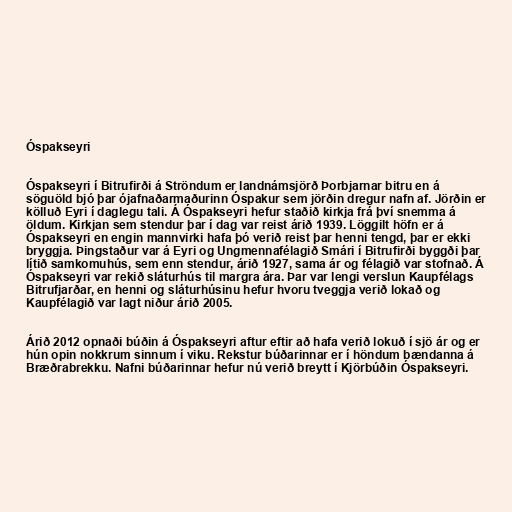
Óspakseyri

Óspakseyri í Bitrufirði á Ströndum er landnámsjörð Þorbjarnar bitru en á
söguöld bjó þar ójafnaðarmaðurinn Óspakur sem jörðin dregur nafn af. Jörðin er
kölluð Eyri í daglegu tali. Á Óspakseyri hefur staðið kirkja frá því snemma á
öldum. Kirkjan sem stendur þar í dag var reist árið 1939. Löggilt höfn er á
Óspakseyri en engin mannvirki hafa þó verið reist þar henni tengd, þar er ekki
bryggja. Þingstaður var á Eyri og Ungmennafélagið Smári í Bitrufirði byggði þar
lítið samkomuhús, sem enn stendur, árið 1927, sama ár og félagið var stofnað. Á
Óspakseyri var rekið sláturhús til margra ára. Þar var lengi verslun Kaupfélags
Bitrufjarðar, en henni og sláturhúsinu hefur hvoru tveggja verið lokað og
Kaupfélagið var lagt niður árið 2005.

Árið 2012 opnaði búðin á Óspakseyri aftur eftir að hafa verið lokuð í sjö ár og er
hún opin nokkrum sinnum í viku. Rekstur búðarinnar er í höndum bændanna á
Bræðrabrekku. Nafni búðarinnar hefur nú verið breytt í Kjörbúðin Óspakseyri.